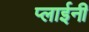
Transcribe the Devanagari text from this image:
प्लाईनी